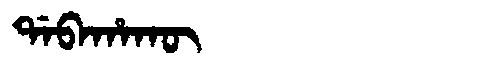
Manchu: ᡩᠠᠪᠠᡥᠠᡴᡡ
Romanization: DABAHAKŪ